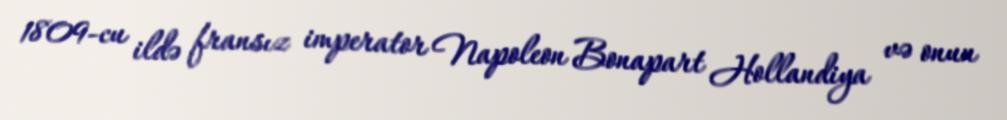
1809-cu ildə fransız imperator Napoleon Bonapart Hollandiya və onun